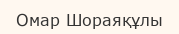
Омар Шораяқұлы